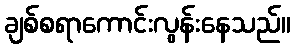
ချစ်စရာကောင်းလွန်းနေသည်။